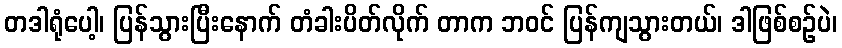
တဒါရုံပေါ့၊ ပြန်သွားပြီးနောက် တံခါးပိတ်လိုက် တာက ဘဝင် ပြန်ကျသွားတယ်၊ ဒါဖြစ်စဉ်ပဲ၊